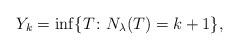
LaTeX: \begin{align*}Y_k=\inf\{T \colon N_{\lambda}(T)=k+1\},\end{align*}